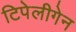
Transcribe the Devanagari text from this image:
टिपेलीगेन